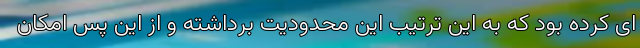
ای کرده بود که به این ترتیب این محدودیت برداشته و از این پس امکان